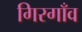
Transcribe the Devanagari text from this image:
गिरगाँव